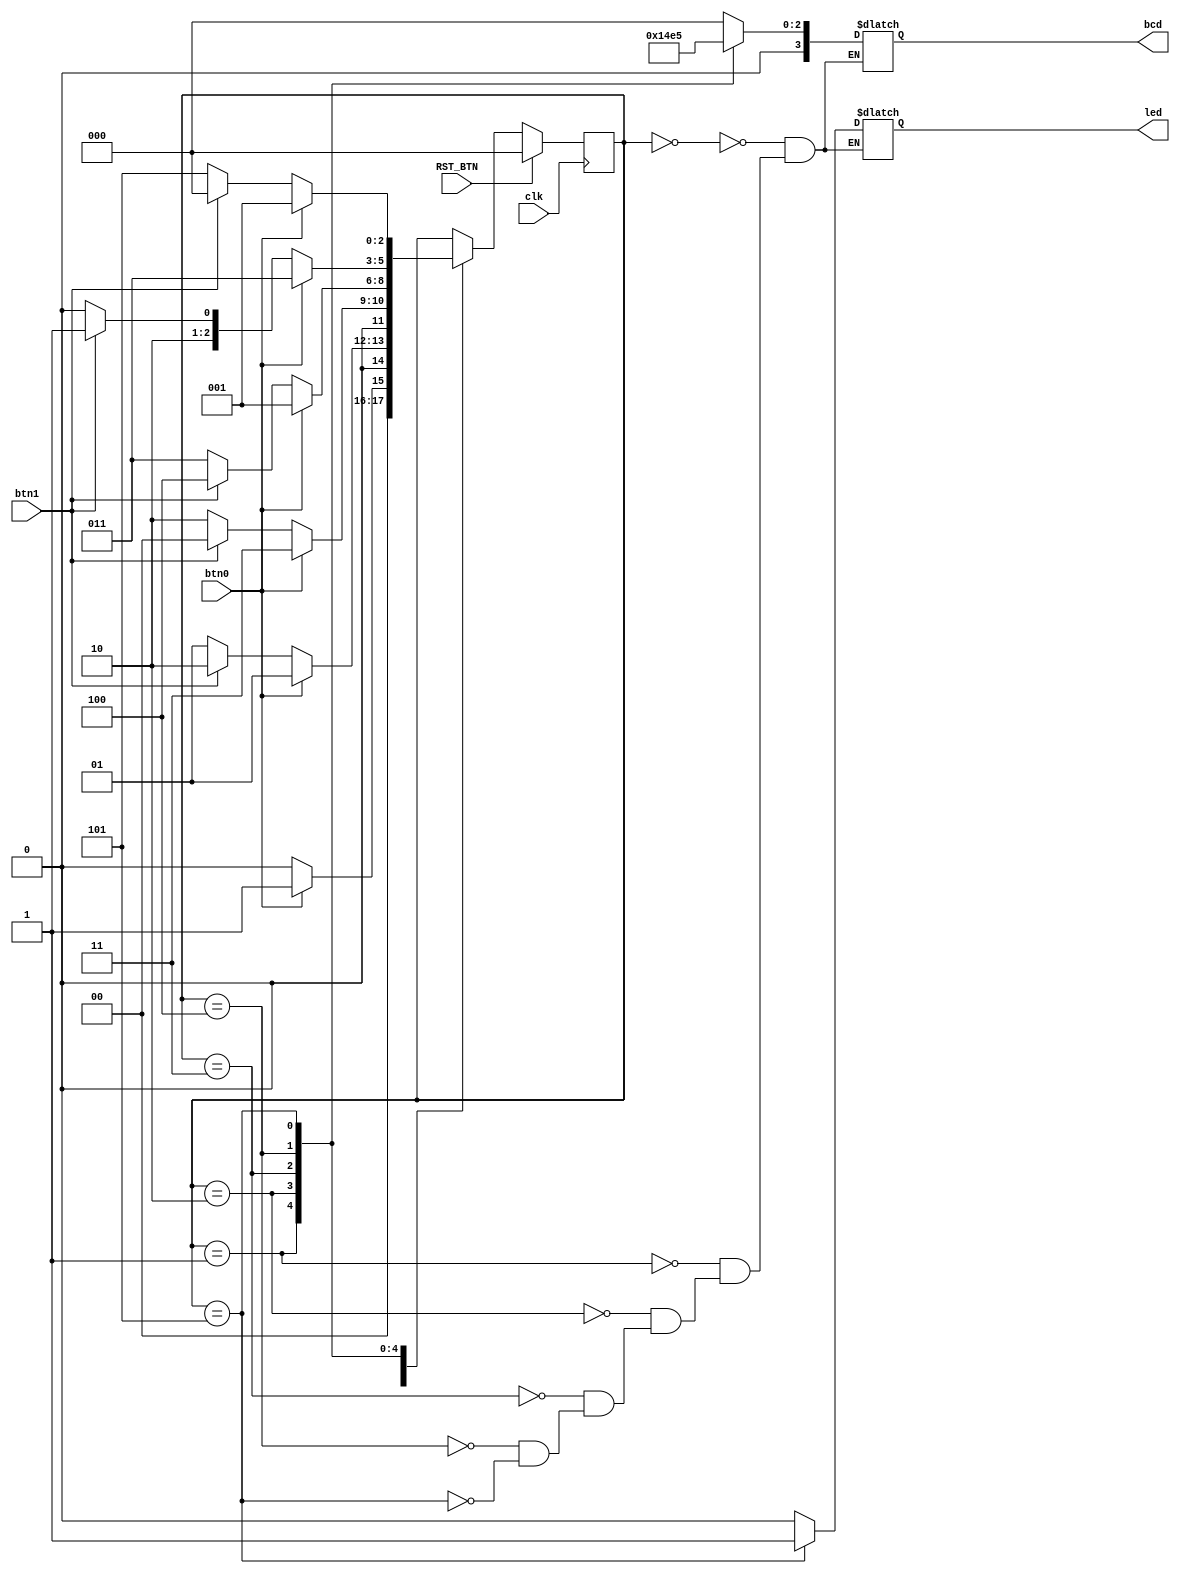
`timescale 1ns / 1ps
//////////////////////////////////////////////////////////////////////////////////
// Company: 
// Engineer: 
// 
// Design Name: 
// Module Name:    sw_btn_fsm 
// Project Name: 
// Target Devices: 
// Tool versions: 
// Description: 
//
// Dependencies: 
//
// Revision: 
// Revision 0.01 - File Created
// Additional Comments: 
//
//////////////////////////////////////////////////////////////////////////////////
module lock_fsm(
	input btn0,
	input btn1,
	input clk,
	input RST_BTN,
	output reg led,
	output reg [3:0]bcd
 );
	reg [2:0]state;
	
	parameter s0 = 3'b000;
	parameter s1 = 3'b001;
	parameter s2 = 3'b010;
	parameter s3 = 3'b011;
	parameter s4 = 3'b100;
	parameter s5 = 3'b101;	
	
	always@(posedge clk) begin
		if(RST_BTN) 
			state <= s0;
			
		else 
			case(state) 
				s0: begin
					if(btn0)
						state <= s1;
					else if(btn1)
						state <= s0;
					else
						state <= s0;
				end
			
				s1: begin
					if(btn0)
						state <= s1;
					else if(btn1)
						state <= s2;
					else
						state <= s1;
				end
				
				s2: begin
					if(btn0)
						state <= s3;
					else if(btn1)
						state <= s0;
					else
						state <= s2;
				end
				
				s3: begin
					if(btn0)
						state <= s1;
					else if(btn1)
						state <= s4;
					else
						state <= s3;
				end
				
				s4: begin
					if(btn0)
						state <= s3;
					else if(btn1)
						state <= s5;
					else
						state <= s4;
				end
				
				s5: begin
					if(btn0)
						state <= s1;
					else if(btn1)
						state <= s0;
					else
						state <= s5;
				end				
			/*
				s1:state <= (btn0) ? s1 : s1;	
				s1:state <= (btn1) ? s2 : s1;	
				
				s2:state <= (btn0) ? s3 : s2;	
				s2:state <= (btn1) ? s0 : s2;

				s3:state <= (btn0) ? s1 : s3;	
				s3:state <= (btn1) ? s4 : s3;	
				
				s4:state <= (btn0) ? s3 : s4;	
				s4:state <= (btn1) ? s5 : s4;	
				
				s5:state <= (btn0) ? s1 : s5;	
				s5:state <= (btn1) ? s0 : s5;
				*/
			endcase
		
	end
	
	
	always@(*) 
		case(state) 
			s0: begin
				led <= 0;
				bcd <= 4'b0000;	
			end
			
			s1: begin
				led <= 0;
				bcd <= 4'b0001;
			end
			
			
			s2: begin
				led <= 0;
				bcd <= 4'b0010;
			end
			
			s3: begin
				led <= 0;
				bcd <= 4'b0011;
			end
			
			s4: begin
				led <= 0;
				bcd <= 4'b0100;
			end
			
			s5: begin
				led <= 1;
				bcd <= 4'b0101;
			end
/*			s2:led = 0;
			s2: bcd = 4'b0010;
			
			s3:led = 0;
			s3: bcd = 4'b0011;
			
			s4:led = 0;
			s4: bcd = 4'b0100;

			s5:led = 1;			
			s5: bcd = 4'b0101;
*/
		endcase
		
endmodule